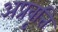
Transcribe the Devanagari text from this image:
अप्रवृत्ति